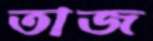
তাজ